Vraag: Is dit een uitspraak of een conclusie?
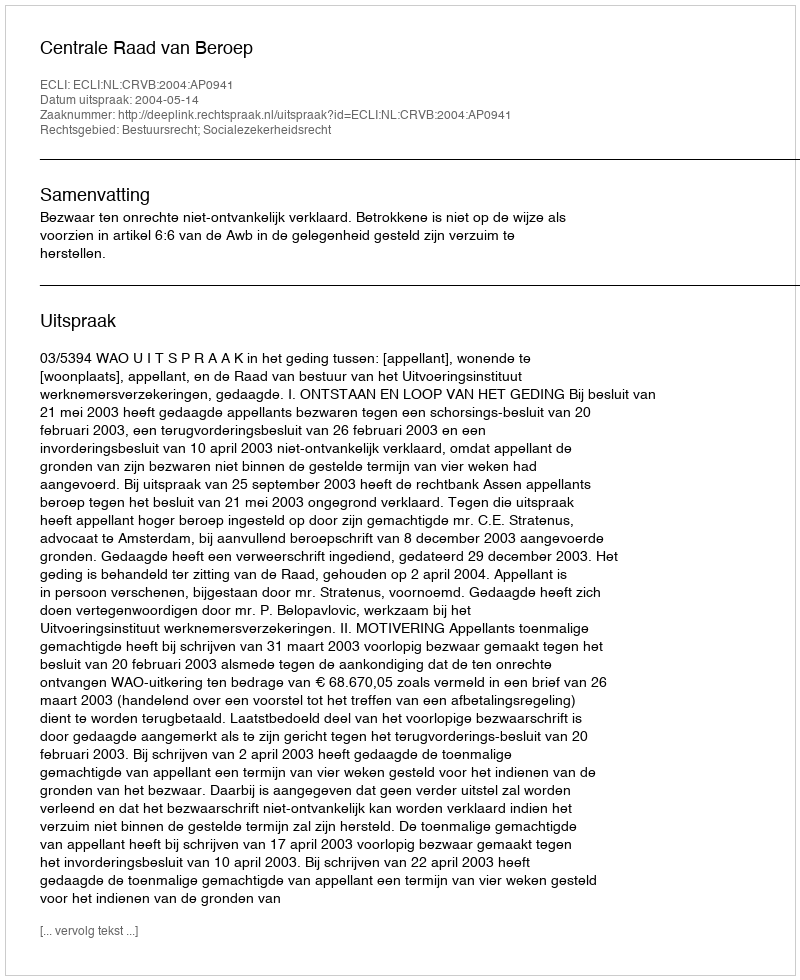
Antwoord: Uitspraak